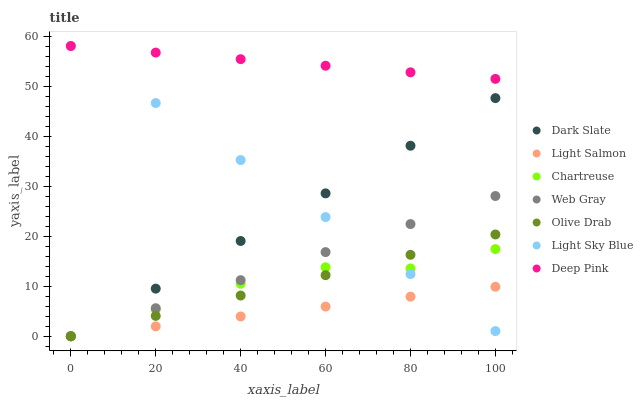
| xaxis_label | Dark Slate | Light Salmon | Chartreuse | Web Gray | Olive Drab | Light Sky Blue | Deep Pink |
 | --- | --- | --- | --- | --- | --- | --- | --- |
 | 0 | 0 | 0 | 0 | 0 | 0 | 58 | 58 |
 | 20 | 9.52 | 1.98 | 5.37 | 5.6 | 4.07 | 46.6 | 56.7 |
 | 40 | 19 | 3.95 | 10.5 | 11.2 | 8.14 | 35.2 | 55.4 |
 | 60 | 28.6 | 5.93 | 13.8 | 16.8 | 12.2 | 23.8 | 54.1 |
 | 80 | 38.1 | 7.91 | 13.5 | 22.4 | 16.3 | 12.4 | 52.7 |
 | 100 | 47.6 | 9.89 | 17.4 | 28 | 20.3 | 1.03 | 51.4 |